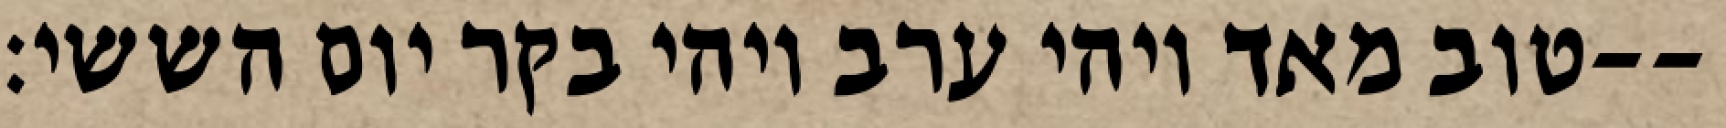
טוב מאד ויהי ערב ויהי בקר יום הששי׃--